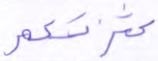
كثرتكم